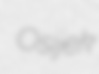
Osijek